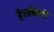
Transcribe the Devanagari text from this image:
हेराकिलो